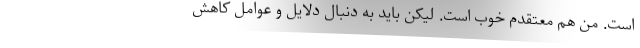
است. من هم معتقدم خوب است. لیکن باید به دنبال دلایل و عوامل کاهش